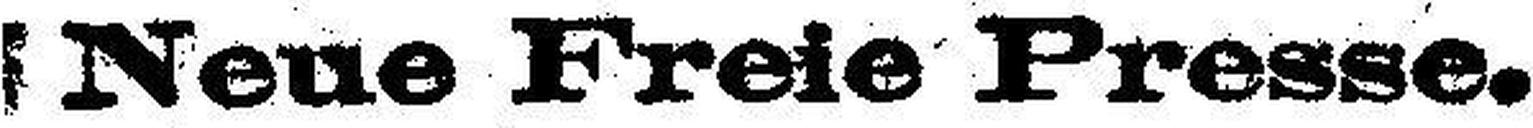
Neue Freie Presse.